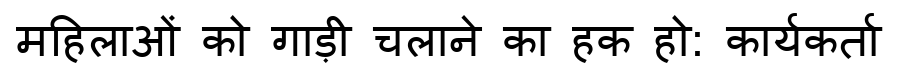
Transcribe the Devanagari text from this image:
महिलाओं को गाड़ी चलाने का हक हो: कार्यकर्ता